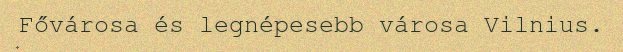
Fővárosa és legnépesebb városa Vilnius.